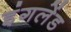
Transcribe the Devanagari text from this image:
इंगलेंड